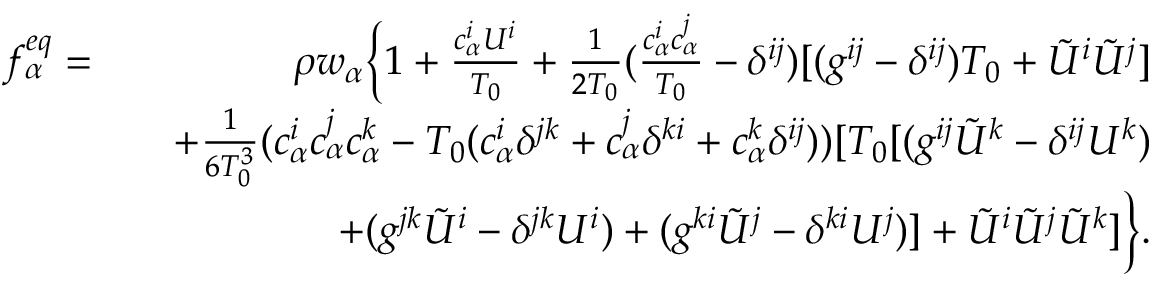
\begin{array} { r l r } { f _ { \alpha } ^ { e q } = } & { } & { \rho w _ { \alpha } \bigg \{ 1 + \frac { { c } _ { \alpha } ^ { i } { U } ^ { i } } { T _ { 0 } } + \frac { 1 } { 2 T _ { 0 } } ( \frac { { c } _ { \alpha } ^ { i } { c } _ { \alpha } ^ { j } } { T _ { 0 } } - \delta ^ { i j } ) [ ( g ^ { i j } - \delta ^ { i j } ) T _ { 0 } + { \tilde { U } } ^ { i } { \tilde { U } } ^ { j } ] } \\ & { } & { + \frac { 1 } { 6 T _ { 0 } ^ { 3 } } ( { c } _ { \alpha } ^ { i } { c } _ { \alpha } ^ { j } { c } _ { \alpha } ^ { k } - T _ { 0 } ( { c } _ { \alpha } ^ { i } \delta ^ { j k } + { c } _ { \alpha } ^ { j } \delta ^ { k i } + { c } _ { \alpha } ^ { k } \delta ^ { i j } ) ) [ T _ { 0 } [ ( g ^ { i j } { \tilde { U } } ^ { k } - \delta ^ { i j } U ^ { k } ) } \\ & { } & { + ( g ^ { j k } { \tilde { U } } ^ { i } - \delta ^ { j k } U ^ { i } ) + ( g ^ { k i } { \tilde { U } } ^ { j } - \delta ^ { k i } U ^ { j } ) ] + { \tilde { U } } ^ { i } { \tilde { U } } ^ { j } { \tilde { U } } ^ { k } ] \bigg \} . } \end{array}